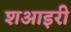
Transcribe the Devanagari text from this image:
शआइरी